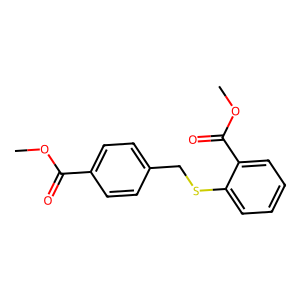
SMILES: COC(=O)c1ccc(CSc2ccccc2C(=O)OC)cc1
Inhibits HIV replication: No